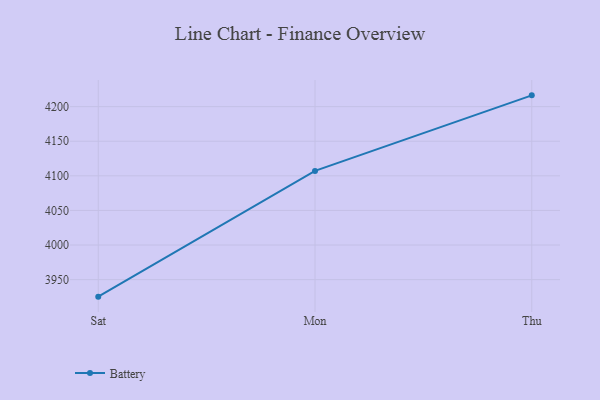
{"axis": {"x": "Day", "y": "Latency (ms)"}, "legend": ["Battery"], "data": [{"x": "Sat", "y": 3925.4, "type": "Battery"}, {"x": "Mon", "y": 4107.1, "type": "Battery"}, {"x": "Thu", "y": 4216.3, "type": "Battery"}]}